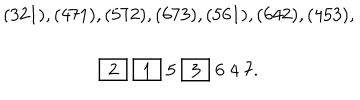
LaTeX: \begin{array} { c } { { ( 3 2 1 ) , ( 4 7 1 ) , ( 5 7 2 ) , ( 6 7 3 ) , ( 5 6 1 ) , ( 6 4 2 ) , ( 4 5 3 ) , } } \\ { { \fbox { 2 } \; \fbox { 1 } \; 5 \; \fbox { 3 } \; 6 \; 4 \; 7 . } } \\ \end{array}